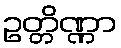
ဥတ္တိဏ္ဏာ